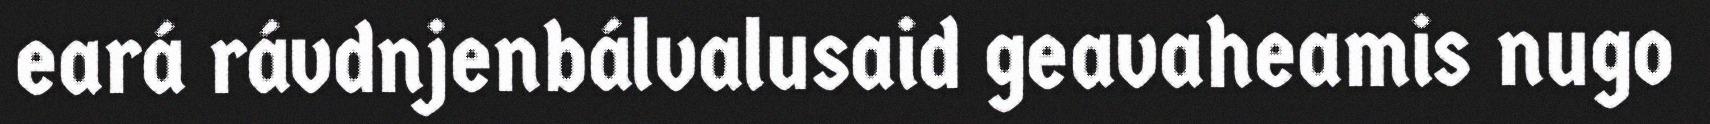
eará rávdnjenbálvalusaid geavaheamis nugo